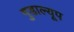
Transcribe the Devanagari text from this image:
गुडाल्यूप